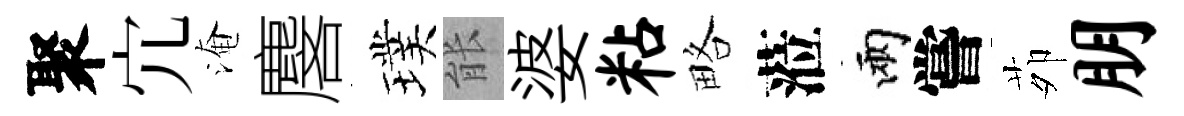
聚宂淹麐璞䏻婆粘略蒞兩嘗茆朋